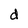
Character: d